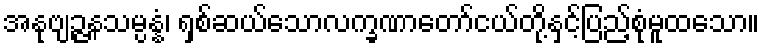
အနုဗျဉ္ဇနသမ္ပန္နံ၊ ရှစ်ဆယ်သောလက္ခဏာတော်ငယ်တို့နှင့်ပြည့်စုံမူထသော။